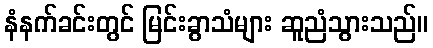
နံနက်ခင်းတွင် မြင်းခွာသံများ ဆူညံသွားသည်။